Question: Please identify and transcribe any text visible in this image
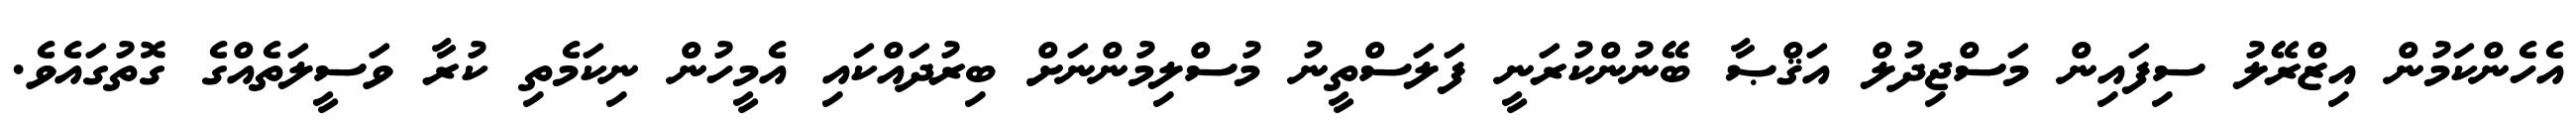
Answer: އެހެންކަމުން އިޒްރޭލު ސިފައިން މަސްޖިދުލް އަޤްޞާ ބޭނުންކުރަނީ ފަލަސްތީނު މުސްލިމުންނަށް ބިރުދައްކައި އެމީހުން ނިކަމެތި ކުރާ ވަސީލަތެއްގެ ގޮތުގައެވެ.